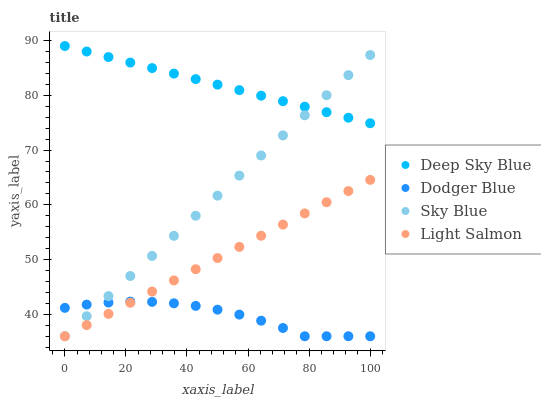
| xaxis_label | Deep Sky Blue | Dodger Blue | Sky Blue | Light Salmon |
 | --- | --- | --- | --- | --- |
 | 0 | 89 | 41.2 | 36 | 36 |
 | 7.14 | 88 | 41.8 | 39.7 | 38 |
 | 14.3 | 87 | 42.2 | 43.3 | 40.1 |
 | 21.4 | 86 | 42.3 | 47 | 42.1 |
 | 28.6 | 85 | 42.3 | 50.7 | 44.2 |
 | 35.7 | 84 | 42 | 54.3 | 46.2 |
 | 42.9 | 83 | 41.5 | 58 | 48.2 |
 | 50 | 81.9 | 40.9 | 61.7 | 50.3 |
 | 57.1 | 80.9 | 40 | 65.3 | 52.3 |
 | 64.3 | 79.9 | 38.8 | 69 | 54.4 |
 | 71.4 | 78.9 | 37.5 | 72.7 | 56.4 |
 | 78.6 | 77.9 | 36 | 76.3 | 58.4 |
 | 85.7 | 76.9 | 36 | 80 | 60.5 |
 | 92.9 | 75.9 | 36 | 83.7 | 62.5 |
 | 100 | 74.9 | 36 | 87.4 | 64.6 |